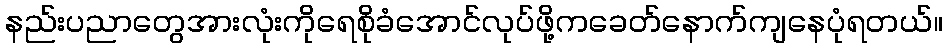
နည်းပညာတွေအားလုံးကိုရေစိုခံအောင်လုပ်ဖို့ကခေတ်နောက်ကျနေပုံရတယ်။